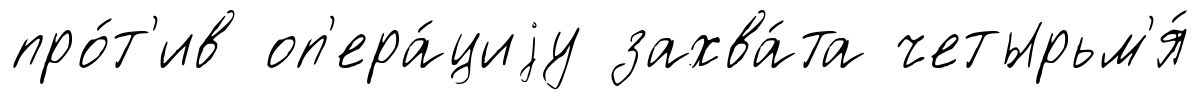
про́т'ив оп'ера́циjу захва́та четырьм'я́